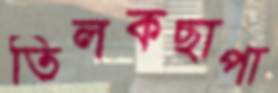
তিলকছাপা